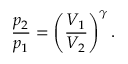
{ \frac { p _ { 2 } } { p _ { 1 } } } = \left( { \frac { V _ { 1 } } { V _ { 2 } } } \right) ^ { \gamma } .